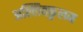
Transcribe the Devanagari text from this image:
अल्लिक्कुलम